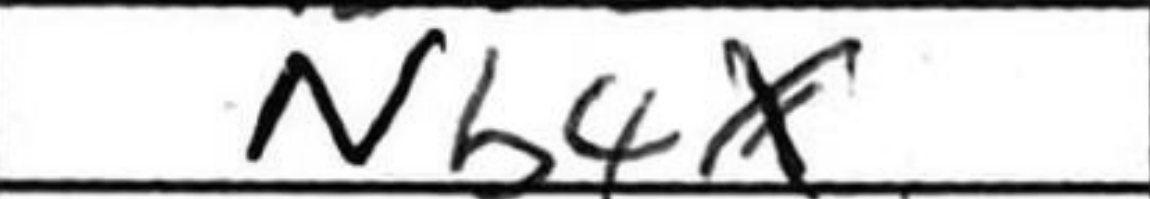
Transcription: Nb4x